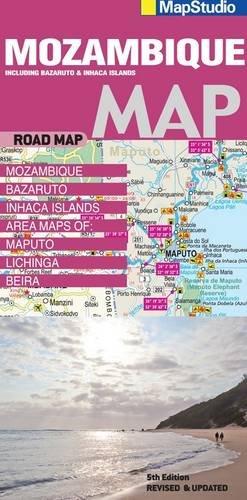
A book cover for Mozambique Road Map 2014: Including Bazaruto & Inhaca Islands; MapStudio; Travel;